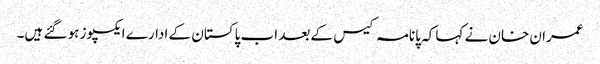
عمران خان نے کہا کہ پانامہ کیس کے بعد اب پاکستان کے ادارے ایکسپوز ہو گئے ہیں۔